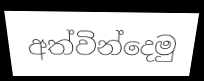
අත්වින්දෙමු